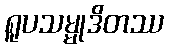
ရူပသမ္မုဒိတဿ